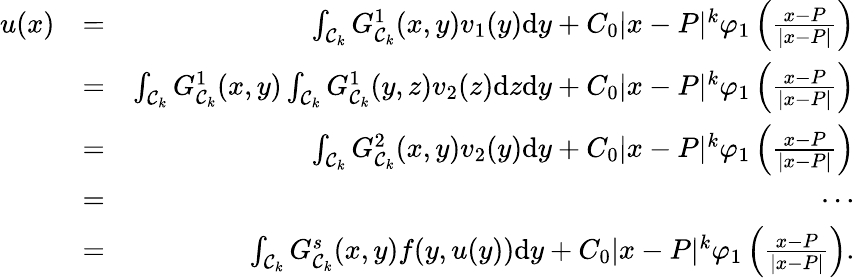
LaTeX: \begin{array}{rlr}{u(x)}&{=}&{\int_{\mathcal{C}_{k}}G_{\mathcal{C}_{k}}^{1}(x,y)v_{1}(y)\mathrm{d}y+C_{0}|x-P|^{k}\varphi_{1}\left(\frac{x-P}{|x-P|}\right)}\\ &{=}&{\int_{\mathcal{C}_{k}}G_{\mathcal{C}_{k}}^{1}(x,y)\int_{\mathcal{C}_{k}}G_{\mathcal{C}_{k}}^{1}(y,z)v_{2}(z)\mathrm{d}z\mathrm{d}y+C_{0}|x-P|^{k}\varphi_{1}\left(\frac{x-P}{|x-P|}\right)}\\ &{=}&{\int_{\mathcal{C}_{k}}G_{\mathcal{C}_{k}}^{2}(x,y)v_{2}(y)\mathrm{d}y+C_{0}|x-P|^{k}\varphi_{1}\left(\frac{x-P}{|x-P|}\right)}\\ &{=}&{\cdots}\\ &{=}&{\int_{\mathcal{C}_{k}}G_{\mathcal{C}_{k}}^{s}(x,y)f(y,u(y))\mathrm{d}y+C_{0}|x-P|^{k}\varphi_{1}\left(\frac{x-P}{|x-P|}\right).}\end{array}